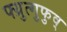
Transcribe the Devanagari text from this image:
फ्य्रुत्गुफुव्